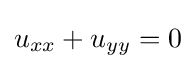
u_{xx}+u_{yy}=0